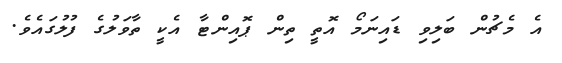
އެ މެޗުން ބަލިވި ޑައިނަމޯ އޮތީ ތިން ޕޮއިންޓާ އެކީ ތާވަލުގެ ފުލުގައެވެ.